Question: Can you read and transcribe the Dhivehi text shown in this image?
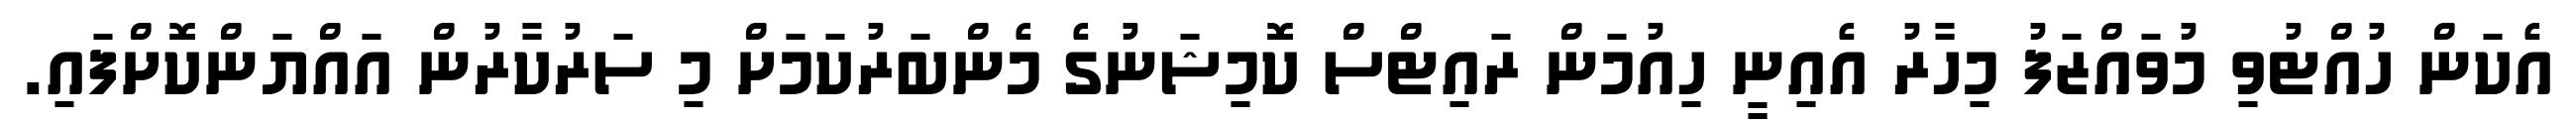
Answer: އެކަން ހުއްޓުވި މުވައްޒަފު މިހާރު އެއިނީ ހިއުމަން ރައިޓްސް ކޮމިޝަނުގެ މެންބަރުކަމަށް މި ސަރުކާރުން އައްޔަންކޮށްފައި.